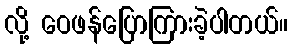
လို့ ဝေဖန်ပြောကြားခဲ့ပါတယ်။